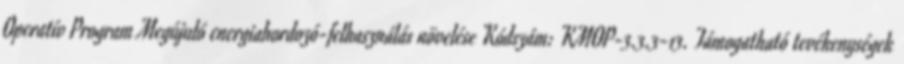
Operatív Program Megújuló energiahordozó-felhasználás növelése Kódszám: KMOP-3.3.3-13. Támogatható tevékenységek